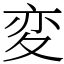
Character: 変